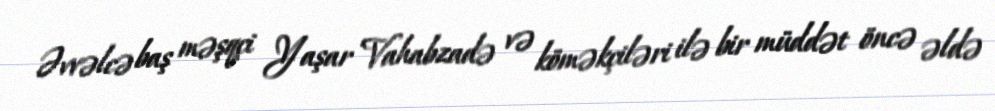
Əvvəlcə baş məşqçi Yaşar Vahabzadə və köməkçiləri ilə bir müddət öncə əldə